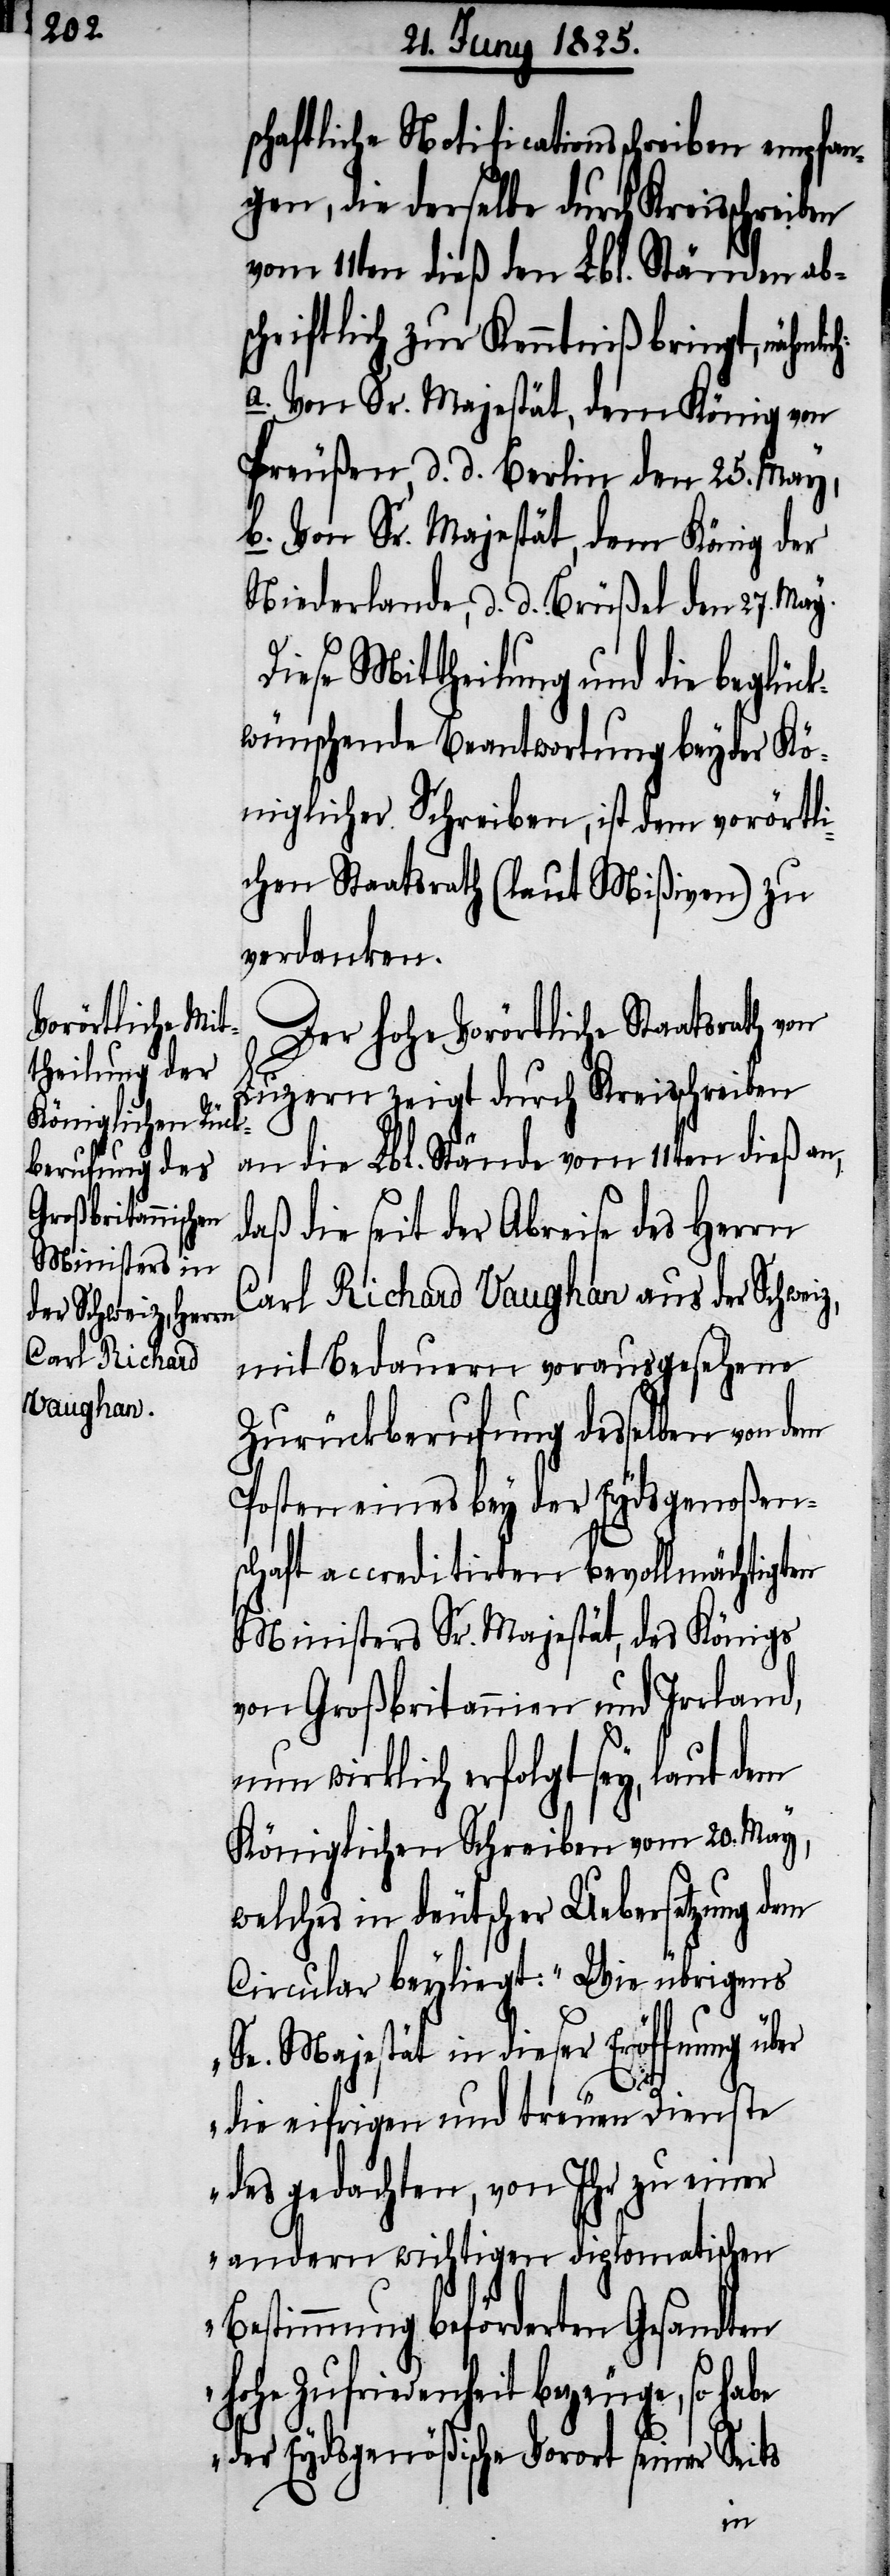
schaftliche Notificationsschreiben empfan¬
gen, die derselbe durch Kreisschreiben
vom 11ten dieß den Lbl. Ständen ab¬
schriftlich zur Kenntniß bringt, nähmli¬
a. Von Sr. Majestät, dem König von
Preußen, d. d. Berlin den 25. May,
b. Von Sr. Majestät, dem König der
Niederlande, d. d. Brüßel den 27. May.
Diese Mittheilung und die beglüc¬
kwünschende Beantwortung beyder Kö¬
niglicher Schreiben, ist dem vorörtli¬
chen Staatsrath (lt. Mißiven) zu
verdanken.
Der hohe Vorörtliche Staatsrath von
Luzern zeigt durch Kreisschreiben
an die Lbl. Stände vom 11ten dieß an,
daß die seit der Abreise des Herrn
Carl Richard Vaughan aus der Schweiz,
mit Bedauern vorausgesehene
Zurückberufung desselben von
Posten eines bey der Eydsgenoßen¬
schaft accreditirten bevollmächtigten
Ministers Sr. Majestät, des Königs
von Großbritannien und Irland,
nun wirklich erfolgt sey, laut dem
Königlichen Schreiben vom 20. May,
welches in deutscher Uebersetzung dem
Circular beyliegt: „Wie übrigens
Se. Majestät in dieser Eröffnung über
ch:
die eifrigen und treuen Dienste
des gedachten, von Ihr zu einer
andern wichtigen diplomatischen
Bestimmung beförderten Gesandten
hohe Zufriedenheit bezeuge, so habe
der Eydsgenößische Vorort seiner Seits